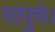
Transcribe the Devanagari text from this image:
मापुचे।